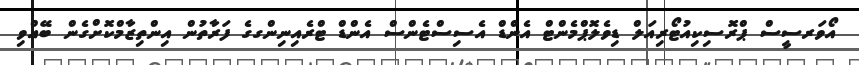
އޯވަރސީސް ޕްރޮސިކިއުޓޯރިއަލް ޑިވެލޮޕްމެންޓް އެންޑް އެސިސްޓެންސް އެންޑް ޓްރެއިނިންގގެ ފަރާތުން އިންތިޒާމްކޮށްގެން ބޭއްވި